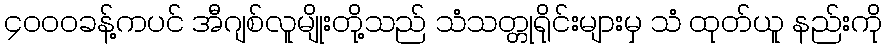
၄၀၀၀ခန့်ကပင် အီဂျစ်လူမျိုးတို့သည် သံသတ္တုရိုင်းများမှ သံ ထုတ်ယူ နည်းကို